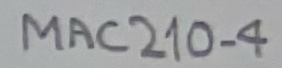
Text: 2N4870